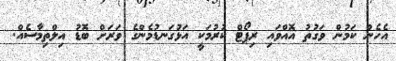
އެހެން ކަމުން ވަގުތު އޮއްވައި ރިޕޯޓް ކުރުމަކީ އަޅުގަނޑުމެންގެ ވަރަށް ބޮޑު އިލްތިމާސެއް.